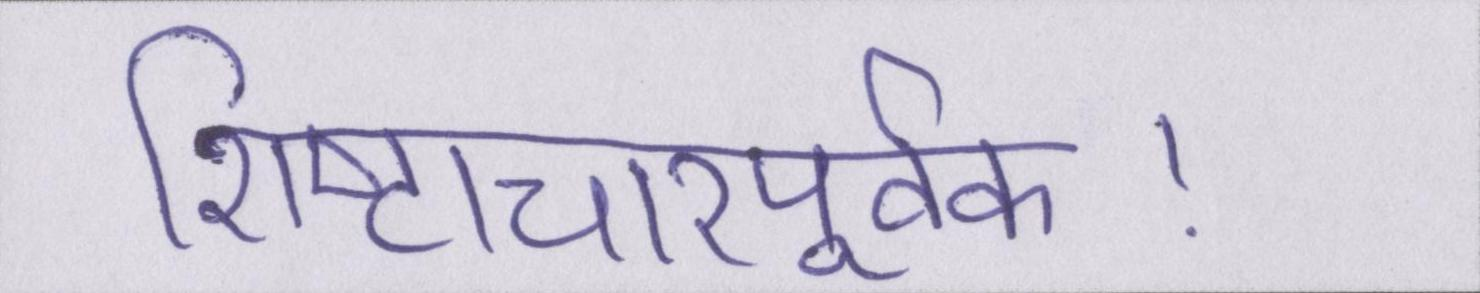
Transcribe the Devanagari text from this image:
शिष्टाचारपूर्वक।